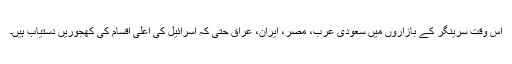
اس وقت سرینگر کے بازاروں میں سعودی عرب، مصر، ایران، عراق حتیٰ کہ اسرائیل کی اعلیٰ اقسام کی کھجوریں دستیاب ہیں۔